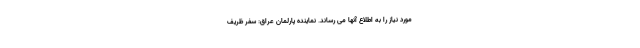
مورد نیاز را به اطلاع آنها می رساند. نماینده پارلمان عراق: سفر ظریف